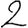
Digit: 2